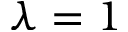
\lambda = 1